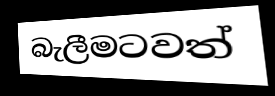
බැලීමටවත්